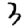
Digit: 3